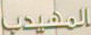
المهيدب